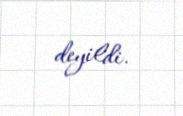
deyildi.